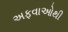
અફવાઓથી